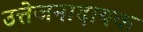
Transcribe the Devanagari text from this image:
उत्तेजनादायक